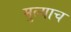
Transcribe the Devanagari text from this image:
मुल्याच